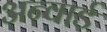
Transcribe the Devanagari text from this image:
अन्वार्ड